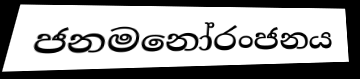
ජනමනෝරංජනය